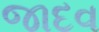
જાદવ